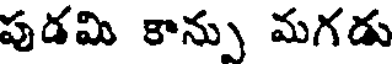
పుడమి కాను మగడు